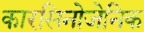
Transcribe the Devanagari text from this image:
कारसिनोजेनिक